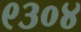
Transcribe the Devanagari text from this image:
९३०४